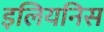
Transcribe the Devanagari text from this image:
इलियनिस